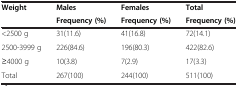
<table><thead><tr><td rowspan="2"><b>Weight</b></td><td><b>Males</b></td><td><b>Females</b></td><td><b>Total</b></td></tr><tr><td><b>Frequency (%)</b></td><td><b>Frequency (%)</b></td><td><b>Frequency (%)</b></td></tr></thead><tbody><tr><td>&lt;2500 g</td><td>31(11.6)</td><td>41(16.8)</td><td>72(14.1)</td></tr><tr><td>2500-3999 g</td><td>226(84.6)</td><td>196(80.3)</td><td>422(82.6)</td></tr><tr><td>≥4000 g</td><td>10(3.8)</td><td>7(2.9)</td><td>17(3.3)</td></tr><tr><td>Total</td><td>267(100)</td><td>244(100)</td><td>511(100)</td></tr></tbody></table>